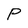
Character: P